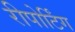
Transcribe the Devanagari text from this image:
रीपोर्टिंग